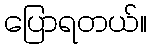
ပြောရတယ်။